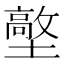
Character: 𡒋